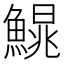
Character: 𩺣